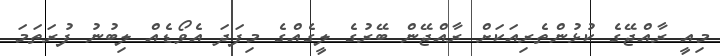
މިއީ ރާއްޖޭގެ ކުޅުންތެރިއަކަށް ރާއްޖޭން ބޭރުގެ ލީގެއްގެ މިފަދަ އެވޯޑެއް ލިބުނު ފުރަތަމަ